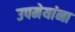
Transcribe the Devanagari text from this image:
उपमेयांना